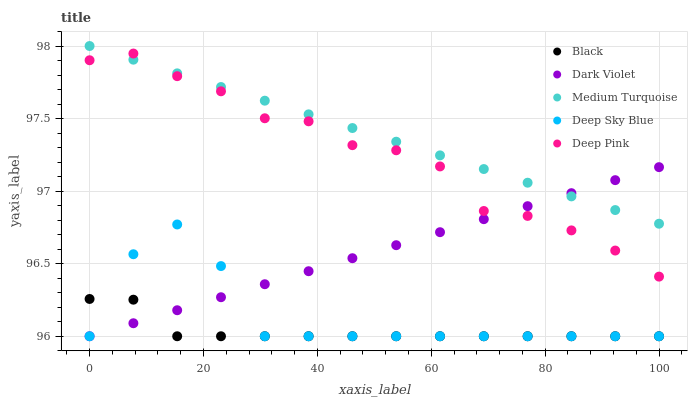
| xaxis_label | Black | Dark Violet | Medium Turquoise | Deep Sky Blue | Deep Pink |
 | --- | --- | --- | --- | --- | --- |
 | 0 | 96.3 | 96 | 98 | 96 | 97.9 |
 | 7.69 | 96.3 | 96.1 | 97.9 | 96.6 | 97.9 |
 | 15.4 | 96 | 96.2 | 97.8 | 96.8 | 97.8 |
 | 23.1 | 96 | 96.3 | 97.7 | 96.5 | 97.7 |
 | 30.8 | 96 | 96.4 | 97.6 | 96 | 97.5 |
 | 38.5 | 96 | 96.4 | 97.5 | 96 | 97.5 |
 | 46.2 | 96 | 96.5 | 97.4 | 96 | 97.3 |
 | 53.8 | 96 | 96.6 | 97.3 | 96 | 97.3 |
 | 61.5 | 96 | 96.7 | 97.2 | 96 | 97.2 |
 | 69.2 | 96 | 96.8 | 97.2 | 96 | 96.9 |
 | 76.9 | 96 | 96.9 | 97.1 | 96 | 96.8 |
 | 84.6 | 96 | 97 | 97 | 96 | 96.7 |
 | 92.3 | 96 | 97.1 | 96.9 | 96 | 96.6 |
 | 100 | 96 | 97.2 | 96.8 | 96 | 96.4 |